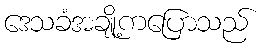
ဒေသခံအချို့ကပြောသည်